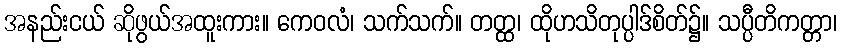
အနည်းငယ် ဆိုဖွယ်အထူးကား။ ကေဝလံ၊ သက်သက်။ တတ္ထ၊ ထိုဟသိတုပ္ပါဒ်စိတ်၌။ သပ္ပီတိကတ္တာ၊